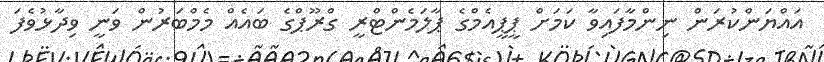
އައްޔަންކުރަން ނިންމާފައިވާ ކަމަށް ޕީޕީއެމްގެ ޕާލަމެންޓްރީ ގްރޫޕްގެ ބައެއް މެމްބަރުން ވަނީ ވިދާޅުވެފަ